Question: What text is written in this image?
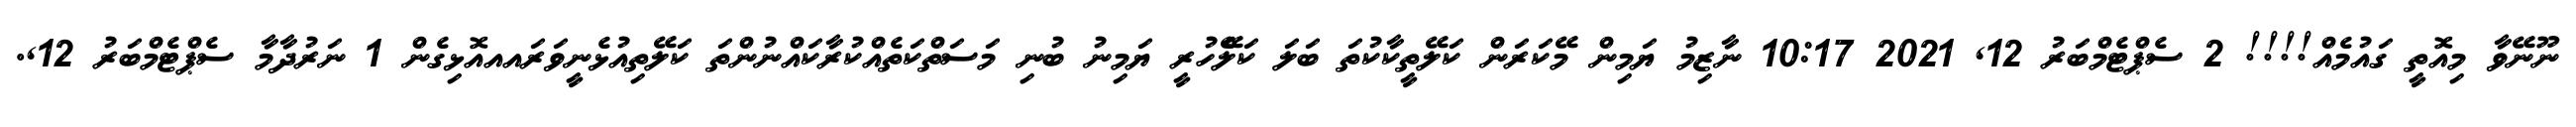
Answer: ނޫނޭވާ މިއޮތީ ގައުމެއް!!!! 2 ސެޕްޓެމްބަރު 12, 2021 10:17 ނާޒިމު ޔަމިން މޭކަރަން ކަލޭތީކާކުތަ ބަލަ ކަލެޭހުރީ ޔަމިނު ބުނި މަސަތްކަތެއްކުރާކައްނުންތަ ކަލޭތިއުޅެނީވަރައއއޮޅިގެން 1 ނަރުދާމާ ސެޕްޓެމްބަރު 12,.